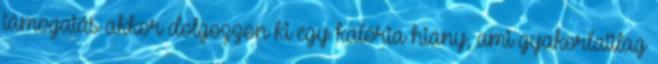
támogatás akkor dolgozzon ki egy kalória hiány, ami gyakorlatilag